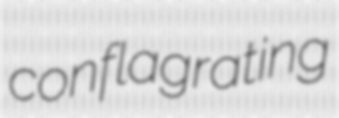
conflagrating